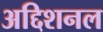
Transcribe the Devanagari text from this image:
अद्दिशनल